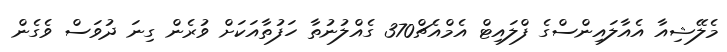
މެލޭޝިއާ އެއާލައިންސްގެ ފްލައިޓް އެމްއެޗް370 ގެއްލުނުތާ ހަފުތާއަކަށް ވުރެން ގިނަ ދުވަސް ވެގެން